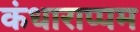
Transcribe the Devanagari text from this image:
कंधाराप्पम